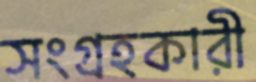
সংগ্রহকারী